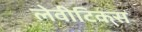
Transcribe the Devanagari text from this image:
लेवीटिकस